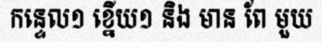
កន្ទេល១ ខ្នើយ១ និង មាន ពែ មួយ